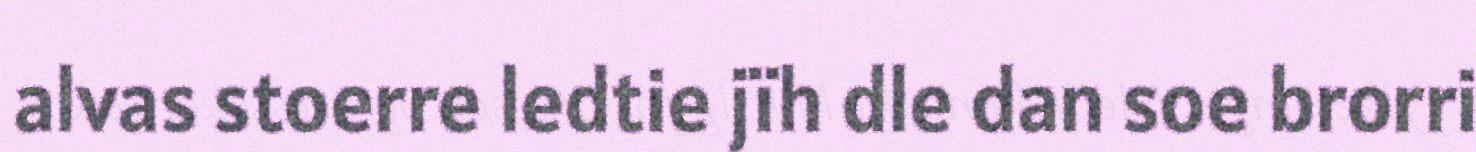
alvas stoerre ledtie jïh dle dan soe brorri